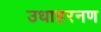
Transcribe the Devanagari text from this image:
उधाहरनण